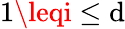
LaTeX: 1\leqi\leq\mathrm{d}